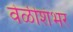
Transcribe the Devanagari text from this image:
वेळीशंभर